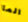
الما